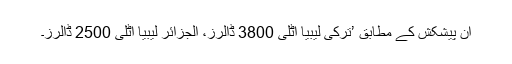
ان پیشکش کے مطابق ’ترکی لیبیا اٹلی 3800 ڈالرز، الجزائر لیبیا اٹلی 2500 ڈالرز۔